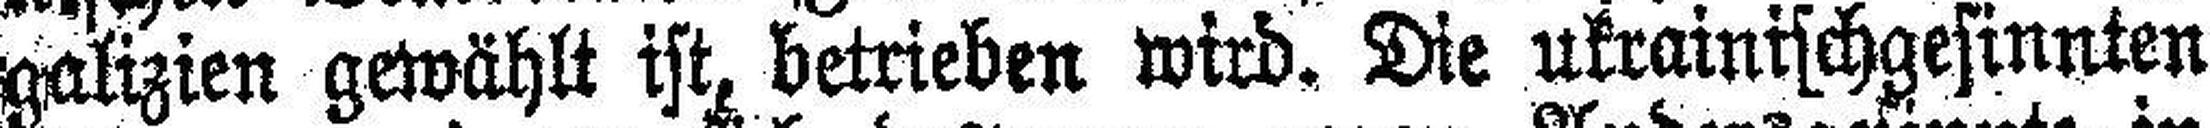
galizien gewählt ist, betrieben wird. Die ukrainischgesinnten